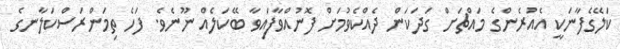
ކަލޭގެފާނަކީ އެއުރެންގެ މައްޗަށް ގަދަކަން ދެއްކެވުމަށް ފޮނުއްވާފައިވާ ބޭކަލެއް ނޫނެވެ. ފަހެ ތިމަންރަސްކަލާނގެ